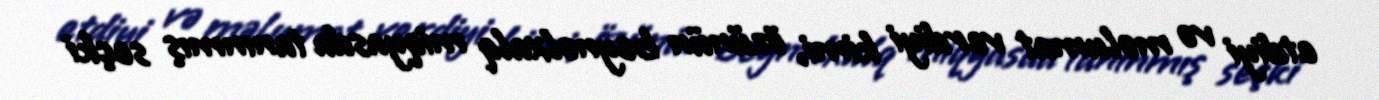
etdiyi və məlumat verdiyi kimi, özünün beynəlxalq miqyasda tanınmış seçki